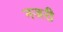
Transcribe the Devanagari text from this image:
नजरी